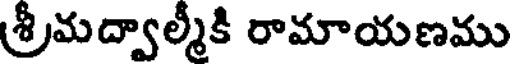
శ్రీమద్వాల్మీకి రామాయణము